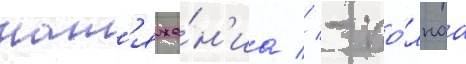
нат'яже́н'иа // - по́лнаа